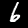
Digit: 6